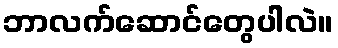
ဘာလက်ဆောင်တွေပါလဲ။